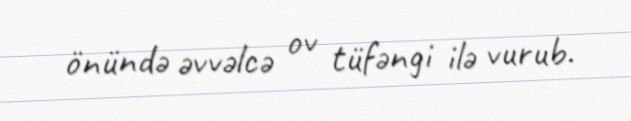
önündə əvvəlcə ov tüfəngi ilə vurub.